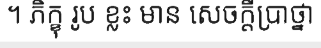
។ ភិក្ខុ រូប ខ្លះ មាន សេចក្តីប្រាថ្នា